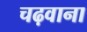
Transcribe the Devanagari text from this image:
चढ़वाना